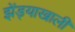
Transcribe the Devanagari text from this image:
झेंड्याखालीं